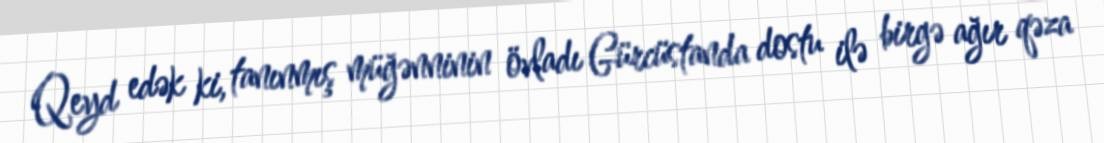
Qeyd edək ki, tanınmış müğənninin övladı Gürcüstanda dostu ilə birgə ağır qəza